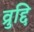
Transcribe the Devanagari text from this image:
व्रुद्दि